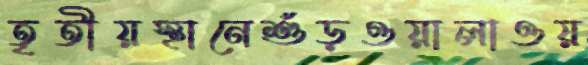
তৃতীয়স্থানেশুঁড়ওয়ালাওয়